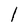
Character: l